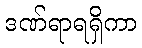
ဒဏ်ရာရရှိကာ